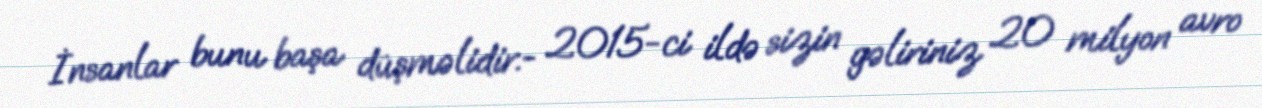
İnsanlar bunu başa düşməlidir.- 2015-ci ildə sizin gəliriniz 20 milyon avro